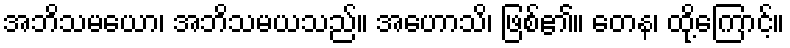
အဘိသမယော၊ အဘိသမယသည်။ အဟောသိ၊ ဖြစ်၏။ တေန၊ ထို့ကြောင့်။